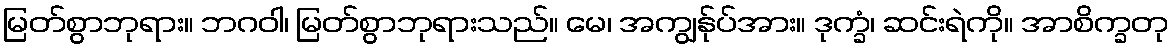
မြတ်စွာဘုရား။ ဘဂဝါ၊ မြတ်စွာဘုရားသည်။ မေ၊ အကျွန်ုပ်အား။ ဒုက္ခံ၊ ဆင်းရဲကို။ အာစိက္ခတု